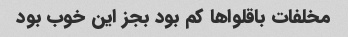
مخلفات باقلوا‌ها کم بود بجز این خوب بود